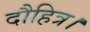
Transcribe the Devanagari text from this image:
दौहित्र।